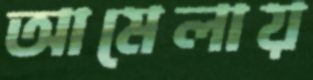
আমেলায়